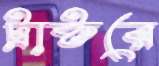
ট্রাক্টরে